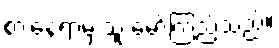
စားနေရာမှ သူ မော်ကြည့်သည်။